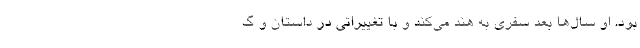
بود. او سال‌ها بعد سفری به هند می‌کند و با تغییراتی در داستان و گ